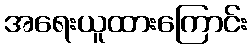
အရေးယူထားကြောင်း